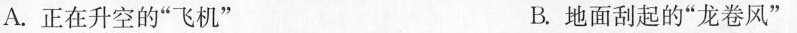
A.正在升空的”飞机” B.地面刮起的”龙卷风”